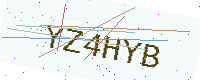
Text: YZ4HYB